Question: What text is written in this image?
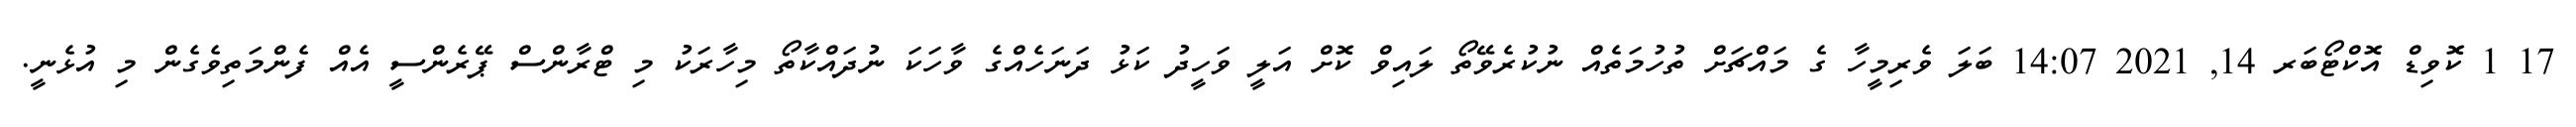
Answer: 17 1 ކޮވިޑް އޮކްޓޯބަރ 14, 2021 14:07 ބަލަ ވެރިމީހާ ގެ މައްޗަށް ތުހުމަތެއް ނުކުރެވޭތޯ ލައިވް ކޮށް އަލީ ވަހީދު ކަޅު ދަނަހެއްގެ ވާހަކަ ނުދައްކާތޯ މިހާރަކު މި ޓްރާންސް ޕޭރެންސީ އެއް ފެންމަތިވެގެން މި އުޅެނީ.